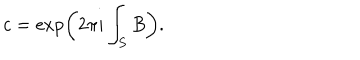
LaTeX: c = \exp \left( 2 \pi i \int _ { S } B \right) .